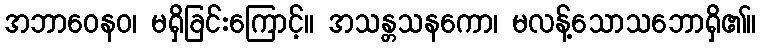
အဘာဝေနဝ၊ မရှိခြင်းကြောင့်။ အသန္တသနကော၊ မလန့်သောသဘောရှိ၏။